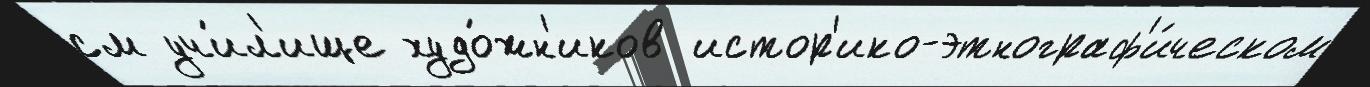
см учи́л'ище худо́жн'иков истор'ико-этнограф'и́ческом